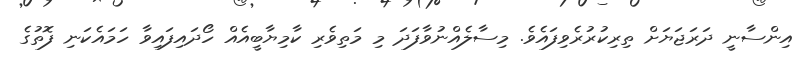
އިންސާނީ ދަރަޖަޔަށް ތިރިކުރުރެވިފައެވެ. މިސާލެއްނުވާފަދަ މި މަތިވެރި ކާމިޔާބީއެއް ހޯދައިފައިވާ ހަމައެކަނި ފޮތުގެ